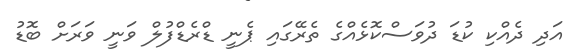
އަދި ދެއްކި ކުޑަ ދުވަސްކޮޅެއްގެ ތެރޭގައި ޕެނީ ޑްރެޑްފުލް ވަނީ ވަރަށް ބޮޑު